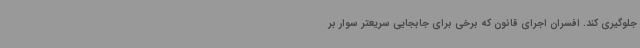
جلوگیری کند. افسران اجرای قانون که برخی برای جابجایی سریعتر سوار بر